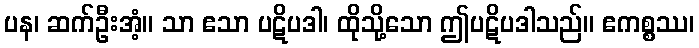
ပန၊ ဆက်ဦးအံ့။ သာ ဧသာ ပဋိပဒါ၊ ထိုသို့သော ဤပဋိပဒါသည်။ ဧကစ္စဿ၊